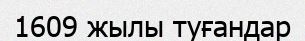
1609 жылы туғандар